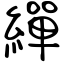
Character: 繟